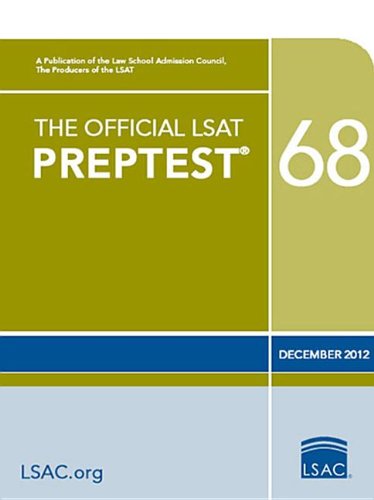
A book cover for The Official LSAT PrepTest 68: (Dec. 2012 LSAT); Law School Admission Council; Test Preparation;